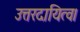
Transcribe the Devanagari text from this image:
उत्तरदायित्व।